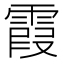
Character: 霞